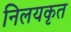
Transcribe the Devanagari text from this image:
निलयकृत